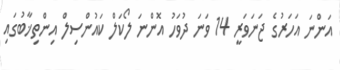
އަންނަ އަހަރުގެ ޖަނަވަރީ 14 ވަނަ ދުވަހު އޮންނަ ލޯކަލް ކައުންސިލް އިންތިޚާބުގައި